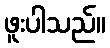
ဖူးပါသည်။